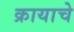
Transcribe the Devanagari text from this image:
क्रायाचे